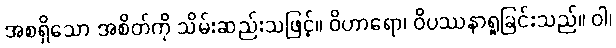
အစရှိသော အစိတ်ကို သိမ်းဆည်းသဖြင့်။ ဝိဟာရော၊ ဝိပဿနာရှုခြင်းသည်။ ဝါ၊